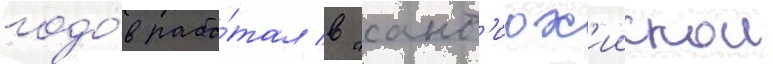
годо́в рабо́тал в "ант'иох'иискои